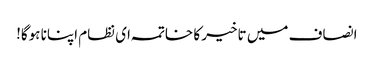
انصاف میں تاخیر کا خاتمہ ای نظام اپنانا ہوگا!